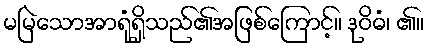
မမြဲသောအာရုံရှိသည်၏အဖြစ်ကြောင့်။ ဒုဝိဓံ၊ ၏။